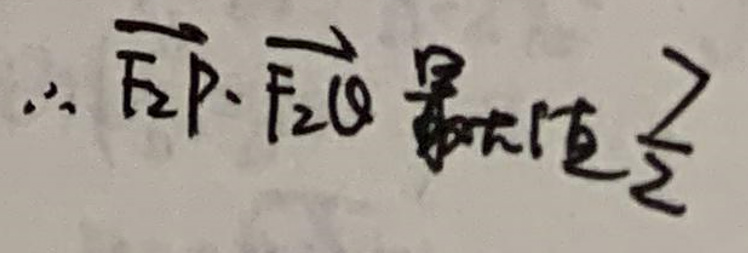
$\therefore \overrightarrow {F_{2}P}\cdot \overrightarrow {F_{2}Q}\text{最大值}\frac{7}{2}$